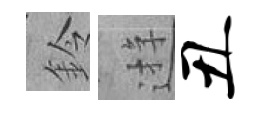
鈴逰丑